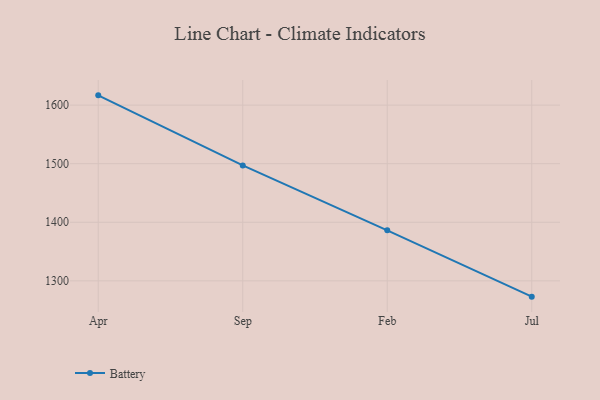
{"axis": {"x": "Month", "y": "Production Output"}, "legend": ["Battery"], "data": [{"x": "Apr", "y": 1616.7, "type": "Battery"}, {"x": "Sep", "y": 1497.1, "type": "Battery"}, {"x": "Feb", "y": 1386.3, "type": "Battery"}, {"x": "Jul", "y": 1273.0, "type": "Battery"}]}